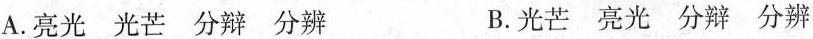
A.亮光光芒分辩分辨 B.光芒亮光分辩分辨